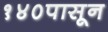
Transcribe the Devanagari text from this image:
१४०पासून